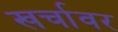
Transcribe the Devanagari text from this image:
खर्चावर